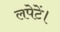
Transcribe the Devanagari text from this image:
लपेटें।